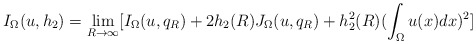
\begin{align*}I_{\Omega}(u,h_{2})=\lim_{R\rightarrow\infty}[I_{\Omega}(u,q_{R})+2h_{2}(R)J_{\Omega}(u,q_{R})+h_{2}^{2}(R)(\int_{\Omega}u(x)dx)^{2}]\end{align*}